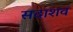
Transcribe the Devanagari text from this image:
सदाशव